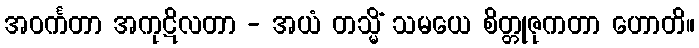
အဝင်္ကတာ အကုဋိလတာ - အယံ တသ္မိံ သမယေ စိတ္တုဇုကတာ ဟောတိ။